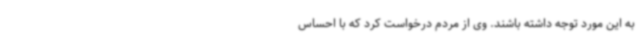
به این مورد توجه داشته باشند. وی از مردم درخواست کرد که با احساس